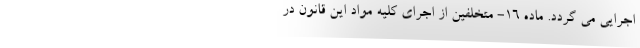
اجرایی می گردد. ماده ۱۶- متخلفین از اجرای کلیه مواد این قانون در